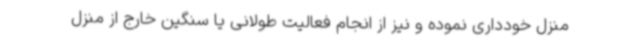
منزل خودداری نموده و نیز از انجام فعالیت طولانی یا سنگین خارج از منزل